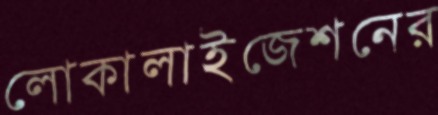
লোকালাইজেশনের